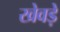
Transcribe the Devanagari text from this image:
खेवड़े